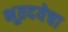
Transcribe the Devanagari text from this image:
भूतदयेचा